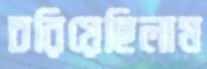
চরিয়েছিলাম